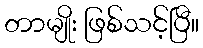
တာမျိုး ဖြစ်သင့်ပြီ။